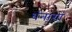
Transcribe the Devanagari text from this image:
धनाग्रों